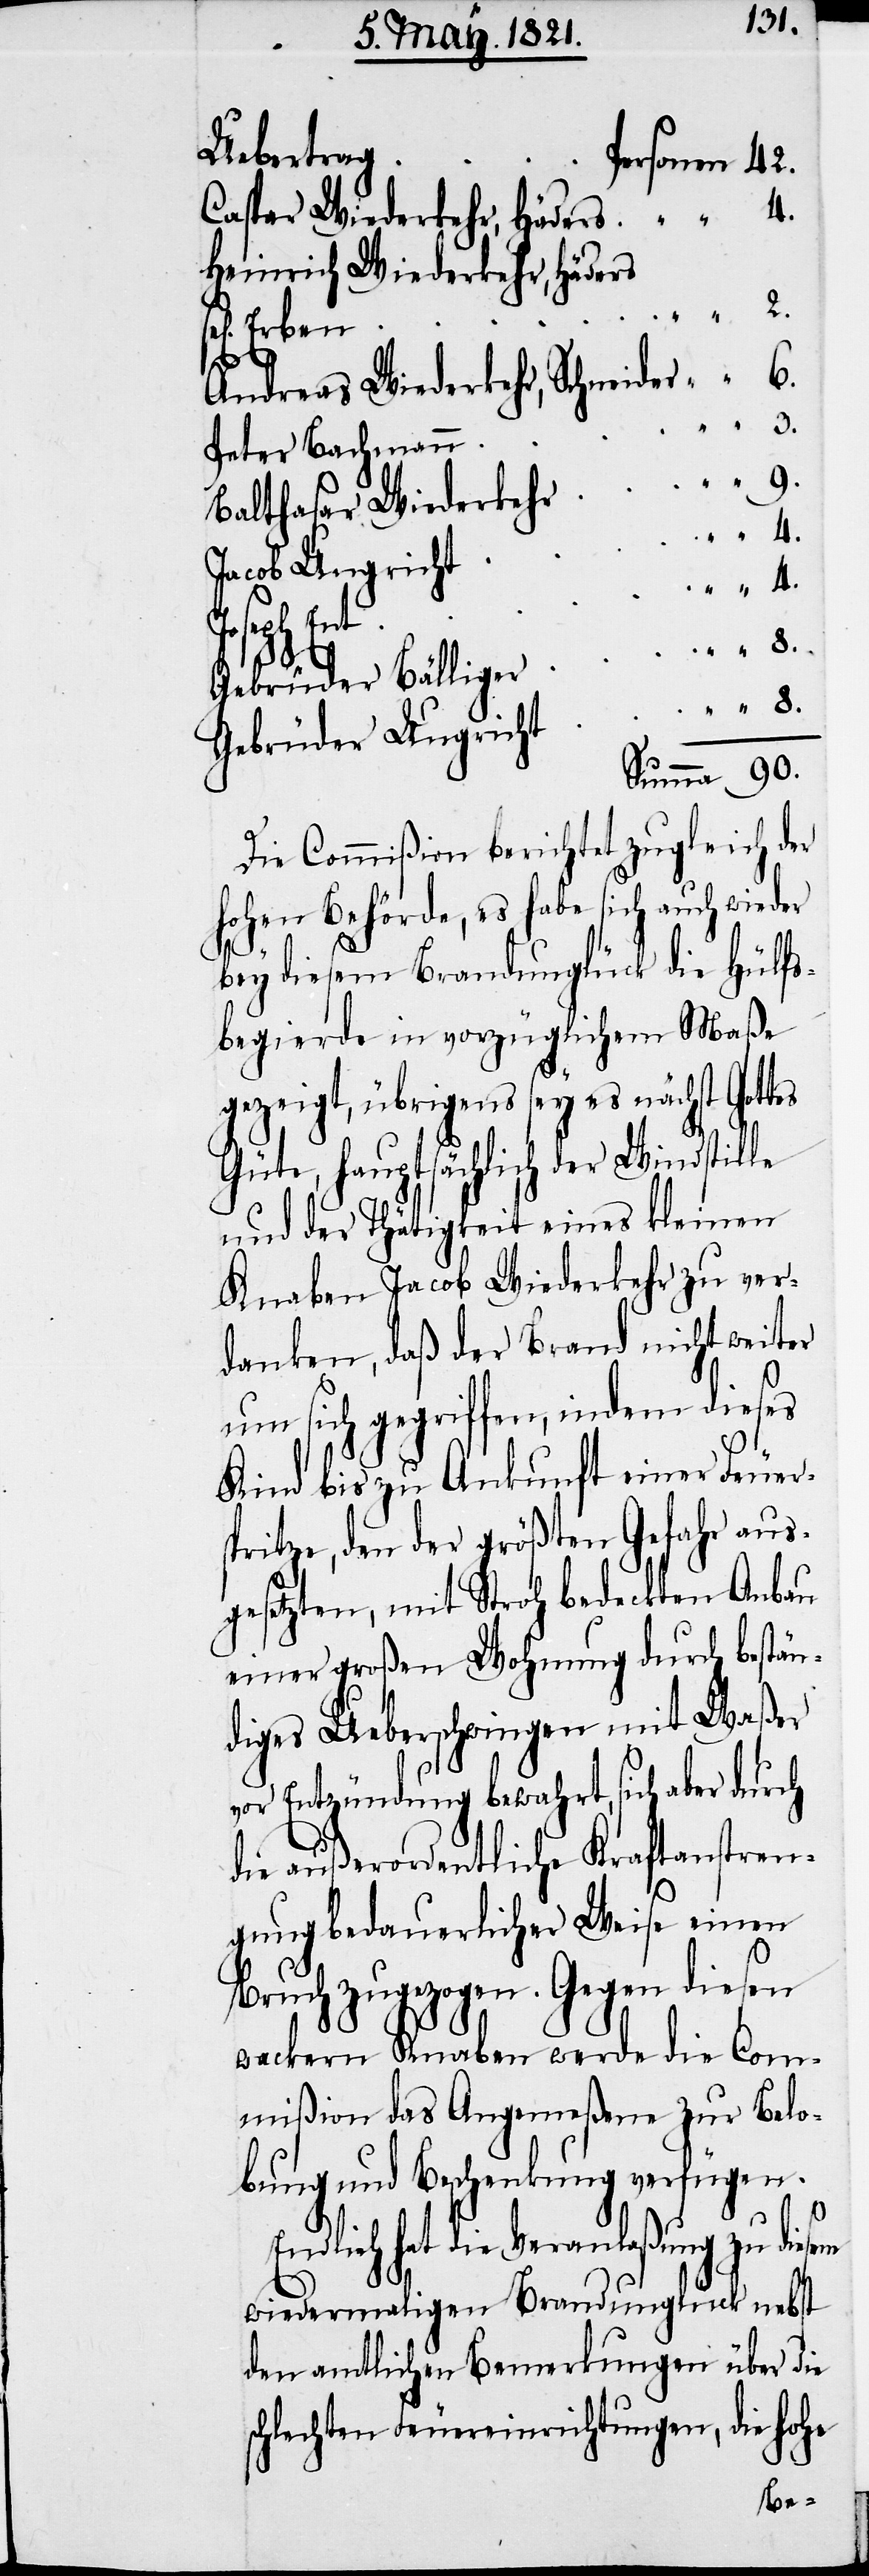
Uebertrag
Personen
Caspar Wiederkehr, Häders
Heinrich Wiederkehr, Häders
en] Erben
Andreas Wiederkehr, Schneider
Peter Bachmann
Balthasar Wiederkehr
Jacob Ungricht
4.
sel[ig¬
Gebrüder Bälliger
“
Gebrüder Ungricht
Die Commißion berichtet zugleich der
hohen Behörde, es habe sich auch wieder
bey diesem Brandunglück die Hülfs¬
begierde in vorzüglichem Maaße
gezeigt, übrigens sey es nächst Gottes
Güte, hautsächlich der Windstille
und der Thätigkeit eines kleinen
Knaben Jacob Wiederkehr zu ver¬
danken, daß der Brand nicht weiter
um sich gegriffen, indem dieses
Kind bis zu Ankunft einer Feuers¬
pritze, den der größten Gefahr aus¬
gesetzten, mit Stroh bedeckten Anbau
einer großen Wohnung durch bestän¬
diges Ueberschwingen mit Waßer
vor Entzündung bewahrt, sich aber durch
die außerordentlich Kraftanstren¬
gung bedauerlicher Weise einen
Bruch zugezogen. Gegen diesen
wackern Knaben werde die Com¬
mißion das Angemeßene zur Belo¬
bung und Beschenkung verfügen.
hat die Veranlaßung zu
wiedermaligen Brandunglück nebst
den amtlichen Bemerkungen über die
schlechten Feuereinrichtungen, die hohe